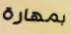
بمهارة